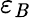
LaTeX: \varepsilon_{\mathit{B}}